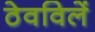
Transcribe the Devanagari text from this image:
ठेवविलें